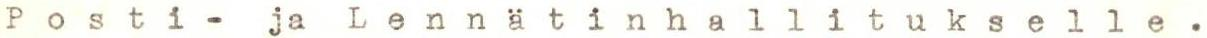
Posti- ja Lennätinhallitukselle.